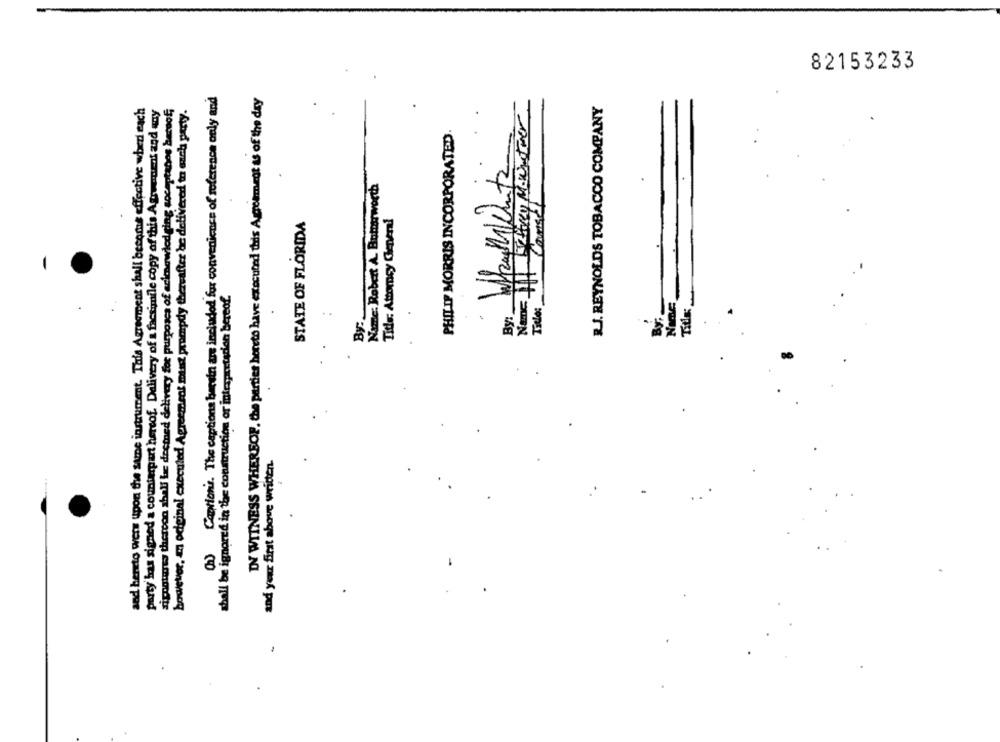
82153233
(h) Caption's. The captions bacsin are included for convenience of reference only and
DY WITNESS WHEREOF, the parter hereto have executed this Agreement as of the day
and hereto wers upon the same instrument. This Agreement shall becomes effective wheni each
party has signed a counterpart hercof. Delivery of a facsimile copy of this Agreement and any
signatures thercon abali lac deetned delivery for purposes of arlenewlodging socaptanos bernof;
however, m odginal executed Agreement mist prompdy thereafter be delivered to auch party.
R.J. REYNOLDS TOBACCO COMPANY
PHILIP MORRIS INCORPORATED
Name: Robert A. Bumarworth
Name It Tous1
STATE OF FLORIDA
Title: Attorney General
shall be ignored in the construction or interpretation bereof.
Title:
By:
By:
and your first above written.